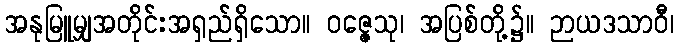
အနုမြူမျှအတိုင်းအရှည်ရှိသော။ ဝဇ္ဇေသု၊ အပြစ်တို့၌။ ဉာယဒသာဝီ၊